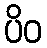
ပိဝ